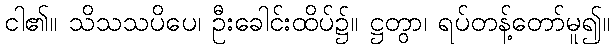
ငါ၏။ သိသသပိပေ၊ ဦးခေါင်းထိပ်၌။ ဋ္ဌတွာ၊ ရပ်တန့်တော်မူ၍။